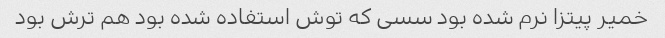
خمیر پیتزا نرم شده بود سسی که توش استفاده شده بود هم ترش بود